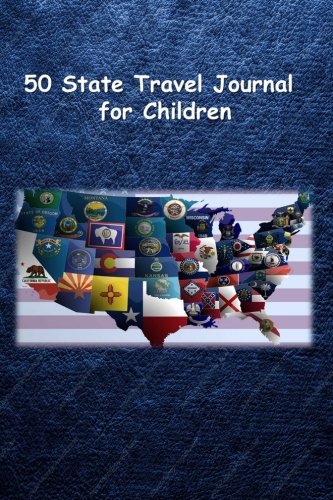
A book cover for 50 State Travel Journal for Children; Tom Alyea; Calendars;